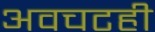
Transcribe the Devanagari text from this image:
अवचटही